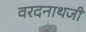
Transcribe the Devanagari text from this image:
वरदनाथजी